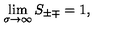
\lim _ { \sigma \rightarrow \infty } S _ { \pm \mp } = 1 ,